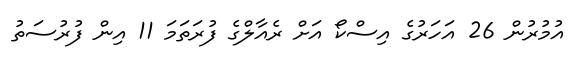
އުމުރުން 26 އަހަރުގެ އިސްކޯ އަށް ރެއާލްގެ ފުރަތަމަ 11 އިން ފުރުސަތު